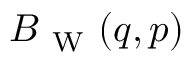
B _ { \mathrm { ~ W ~ } } ( \b { q } , \b { p } )